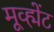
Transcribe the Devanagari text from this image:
मूव्ह्मेंट